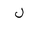
Letter: _lam